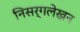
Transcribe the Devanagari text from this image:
निसर्गलेखन